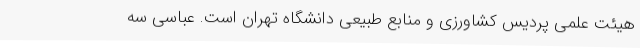
هیئت علمی پردیس کشاورزی و منابع طبیعی دانشگاه تهران است. عباسی سه